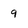
Character: 9